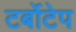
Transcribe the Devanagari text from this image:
टर्बोटेप